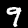
Digit: 9